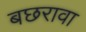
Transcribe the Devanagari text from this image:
बछरावा